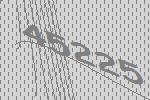
45225